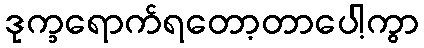
ဒုက္ခရောက်ရတော့တာပေါ့ကွာ